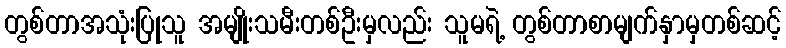
တွစ်တာအသုံးပြုသူ အမျိုးသမီးတစ်ဦးမှလည်း သူမရဲ့ တွစ်တာစာမျက်နှာမှတစ်ဆင့်